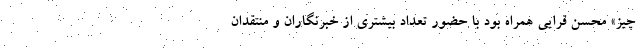
چیز» محسن قرایی همراه بود با حضور تعداد بیشتری از خبرنگاران و منتقدان